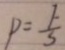
P = \frac { F } { 3 }